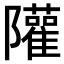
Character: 𨽧